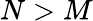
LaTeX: N>M